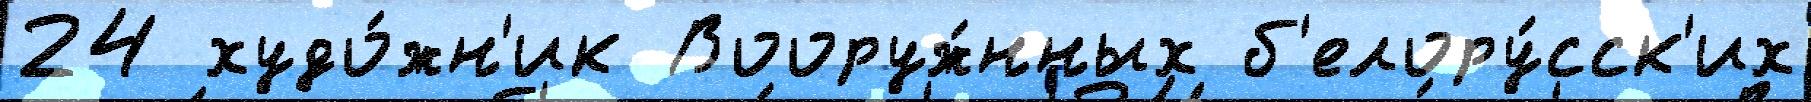
24 худо́жн'ик Вооруж́нных б'елору́сск'их